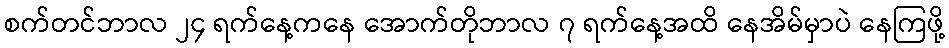
စက်တင်ဘာလ ၂၄ ရက်နေ့ကနေ အောက်တိုဘာလ ၇ ရက်နေ့အထိ နေအိမ်မှာပဲ နေကြဖို့